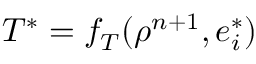
T ^ { * } = f _ { T } ( \rho ^ { n + 1 } , e _ { i } ^ { * } )